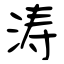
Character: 涛